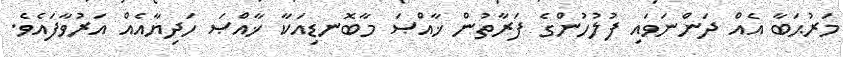
މަރުޙަބާ އެއް ދަންނަވައި ފުލުހުންގެ ފަރާތުން ޚާއްޞަ މާބޮނޑިއަކާ ޚާއްޞަ ހަދިޔާއެއް އަރުވާފައެވެ.